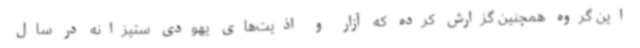
این گروه همچنین گزارش کرده که آزار و اذیت‌های یهودی ستیزانه در سال